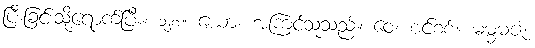
ပြီးခြင်းသို့ရောက်ပြီး။ ၁၂၈။ ယော၊ အကြင်သူသည်။ ဝေ၊ စင်စစ်။ ဓမ္မဓဇံ၊